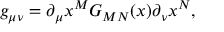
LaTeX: g _ { \mu \nu } = \partial _ { \mu } x ^ { M } G _ { M N } ( x ) \partial _ { \nu } x ^ { N } ,